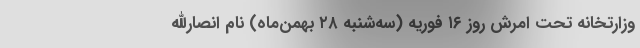
وزارتخانه تحت امرش روز ۱۶ فوریه (سه‌شنبه ۲۸ بهمن‌ماه) نام انصارالله